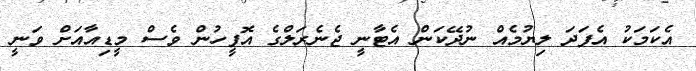
އެކަމަކު އެފަދަ ލިޔުމެއް ނުދޭކަން އެޓާނީ ޖެނެރަލްގެ އޮފީހުން ވެސް މީޑިއާއަށް ވަނީ